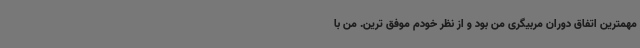
مهمترین اتفاق دوران مربیگری من بود و از نظر خودم موفق ترین. من با